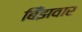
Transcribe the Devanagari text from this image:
बिँझवार